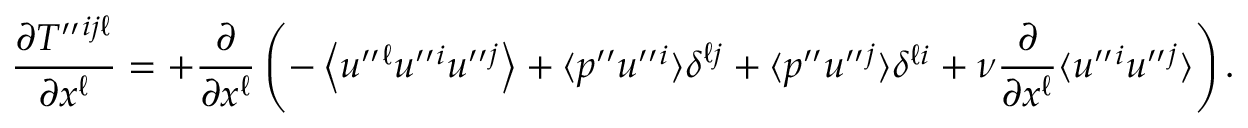
\frac { \partial T ^ { \prime \prime } { } ^ { i j \ell } } { \partial x ^ { \ell } } = + \frac { \partial } { \partial x ^ { \ell } } \left( { - \left\langle { u ^ { \prime \prime } { } ^ { \ell } u ^ { \prime \prime } { } ^ { i } u ^ { \prime \prime } { } ^ { j } } \right\rangle + \langle { p ^ { \prime \prime } u ^ { \prime \prime } { } ^ { i } } \rangle \delta ^ { \ell j } + \langle { p ^ { \prime \prime } u ^ { \prime \prime } { } ^ { j } } \rangle \delta ^ { \ell i } + \nu \frac { \partial } { \partial x ^ { \ell } } \langle { u ^ { \prime \prime } { } ^ { i } u ^ { \prime \prime } { } ^ { j } } \rangle } \right) .